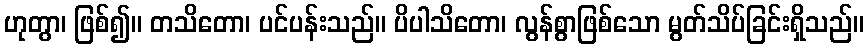
ဟုတွာ၊ ဖြစ်၍။ တသိတော၊ ပင်ပန်းသည်။ ပိပါသိတော၊ လွန်စွာဖြစ်သော မွတ်သိပ်ခြင်းရှိသည်။